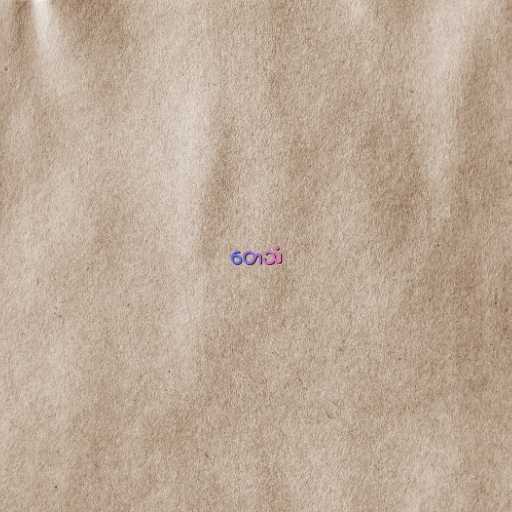
တေသံ